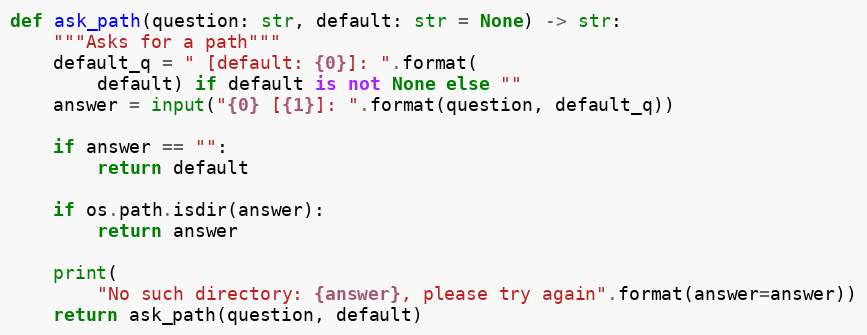
Language: Python
def ask_path(question: str, default: str = None) -> str:
    """Asks for a path"""
    default_q = " [default: {0}]: ".format(
        default) if default is not None else ""
    answer = input("{0} [{1}]: ".format(question, default_q))

    if answer == "":
        return default

    if os.path.isdir(answer):
        return answer

    print(
        "No such directory: {answer}, please try again".format(answer=answer))
    return ask_path(question, default)